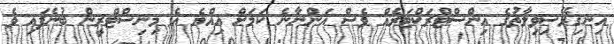
އިނގިރޭސިވިލާތުގެ އިންސްޓްރަކްޓަރެއް ވެސް އަންނާނެ ކަމަށް އިއްޔެ އެ މިނިސްޓްރީން ބުނެފައި ވެ